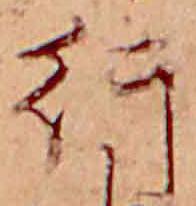
行